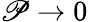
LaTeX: \mathscr{P}\rightarrow0